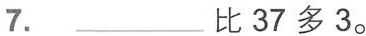
7. ___比37多3。